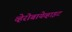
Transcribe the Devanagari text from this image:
व्हेरोबायेव्हाइट